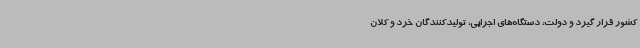
کشور قرار گیرد و دولت، دستگاه‌های اجرایی، تولیدکنندگان خرد و کلان